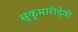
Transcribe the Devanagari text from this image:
सुकुमारीदेवी